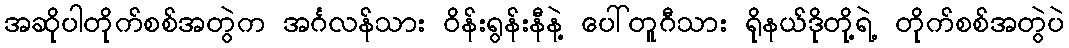
အဆိုပါတိုက်စစ်အတွဲက အင်္ဂလန်သား ဝိန်းရွန်းနီနဲ့ ပေါ်တူဂီသား ရိုနယ်ဒိုတို့ရဲ့ တိုက်စစ်အတွဲပဲ